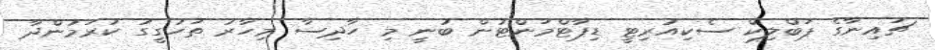
ޗައިނާގެ ޕަބްލިކް ސެކިއުރިޓީ ޑިޕާޓްމަންޓުން ބުނީ މި ހާދިސާ މިހާރު ތަހުގީގު ކުރަމުންދާ